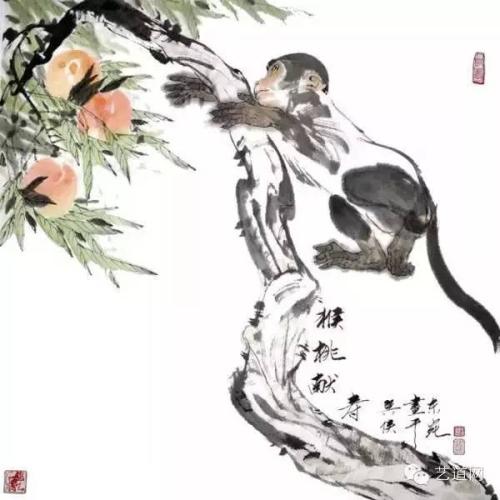
寂寂闻猿愁，行行见云收。